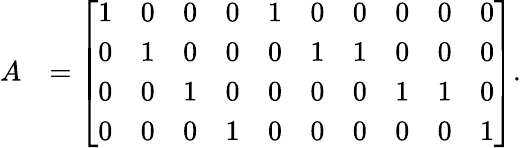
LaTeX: \begin{array}{rl}{A}&{=\left[\begin{array}{llllllllll}{1}&{0}&{0}&{0}&{1}&{0}&{0}&{0}&{0}&{0}\\ {0}&{1}&{0}&{0}&{0}&{1}&{1}&{0}&{0}&{0}\\ {0}&{0}&{1}&{0}&{0}&{0}&{0}&{1}&{1}&{0}\\ {0}&{0}&{0}&{1}&{0}&{0}&{0}&{0}&{0}&{1}\end{array}\right].}\end{array}